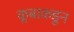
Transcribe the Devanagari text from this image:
क्लबाकडून